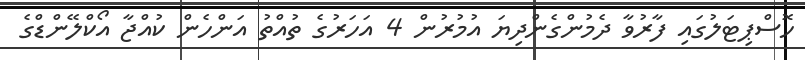
ހޮސްޕިޓަލުގައި ފާރުވާ ދެމުންގެންދިޔަ އުމުރުން 4 އަހަރުގެ ތުއްތު އަންހެން ކުއްޖާ އޯކްލޭންޑްގެ